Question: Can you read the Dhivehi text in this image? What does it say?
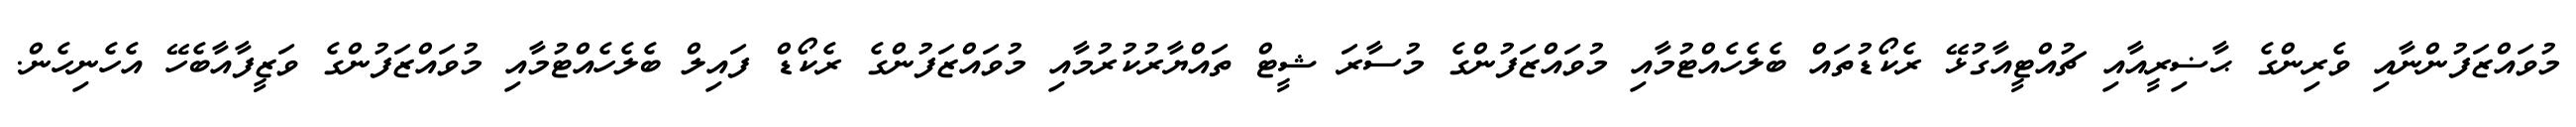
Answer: މުވައްޒަފުންނާއި ވެރިންގެ ޙާޟިރީއާއި ޗުއްޓީއާގުޅޭ ރެކޯޑުތައް ބެލެހެއްޓުމާއި މުވައްޒަފުންގެ މުސާރަ ޝީޓް ތައްޔާރުކުރުމާއި މުވައްޒަފުންގެ ރެކޯޑް ފައިލް ބެލެހެއްޓުމާއި މުވައްޒަފުންގެ ވަޒީފާއާބެހޭ އެހެނިހެން.